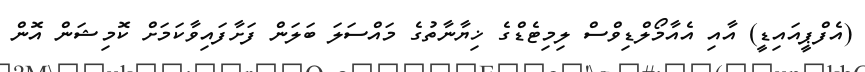
(އެފްޕީއައިޑީ) އާއި އެއާމޯލްޑިވްސް ލިމިޓެޑްގެ ޚިޔާނާތުގެ މައްސަލަ ބަލަން ފަށާފައިވާކަމަށް ކޮމިޝަން އޮން